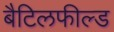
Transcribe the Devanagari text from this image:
बैटिलफील्ड